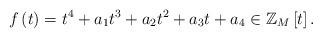
LaTeX: \begin{align*}f\left( t\right) =t^{4}+a_{1}t^{3}+a_{2}t^{2}+a_{3}t+a_{4}\in\mathbb{Z}_{M}\left[ t\right] .\end{align*}